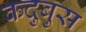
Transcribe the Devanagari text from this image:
कदुबुस